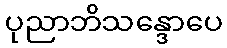
ပုညာဘိသန္ဒောပေ